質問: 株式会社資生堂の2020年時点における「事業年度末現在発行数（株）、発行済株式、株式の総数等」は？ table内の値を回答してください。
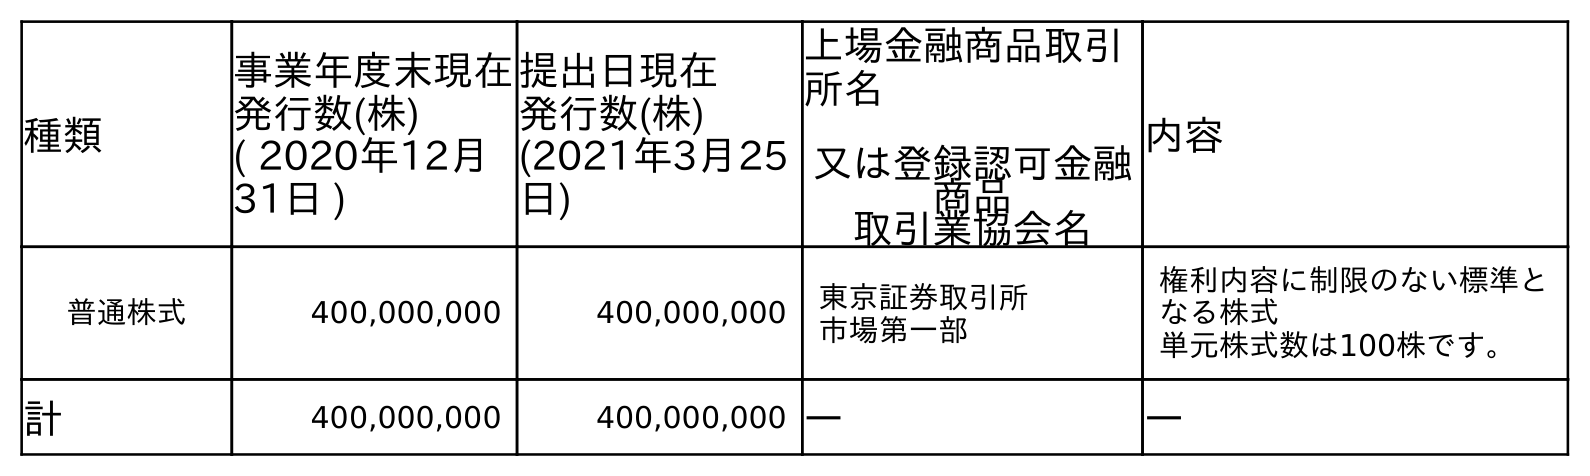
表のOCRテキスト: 種類 事業年度末現在 発行数(株) ( 2020年12月 31日 ) 提出日現在 発行数(株) (2021年3月25 日) 上場金融商品取引 所名 又は登録認可金融 商品 取引業協会名 内容 普通株式 400,000,000 400,000,000 東京証券取引所 市場第一部 権利内容に制限のない標準と なる株式 単元株式数は100株です。 計 400,000,000 400,000,000 ― ―
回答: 400,000,000